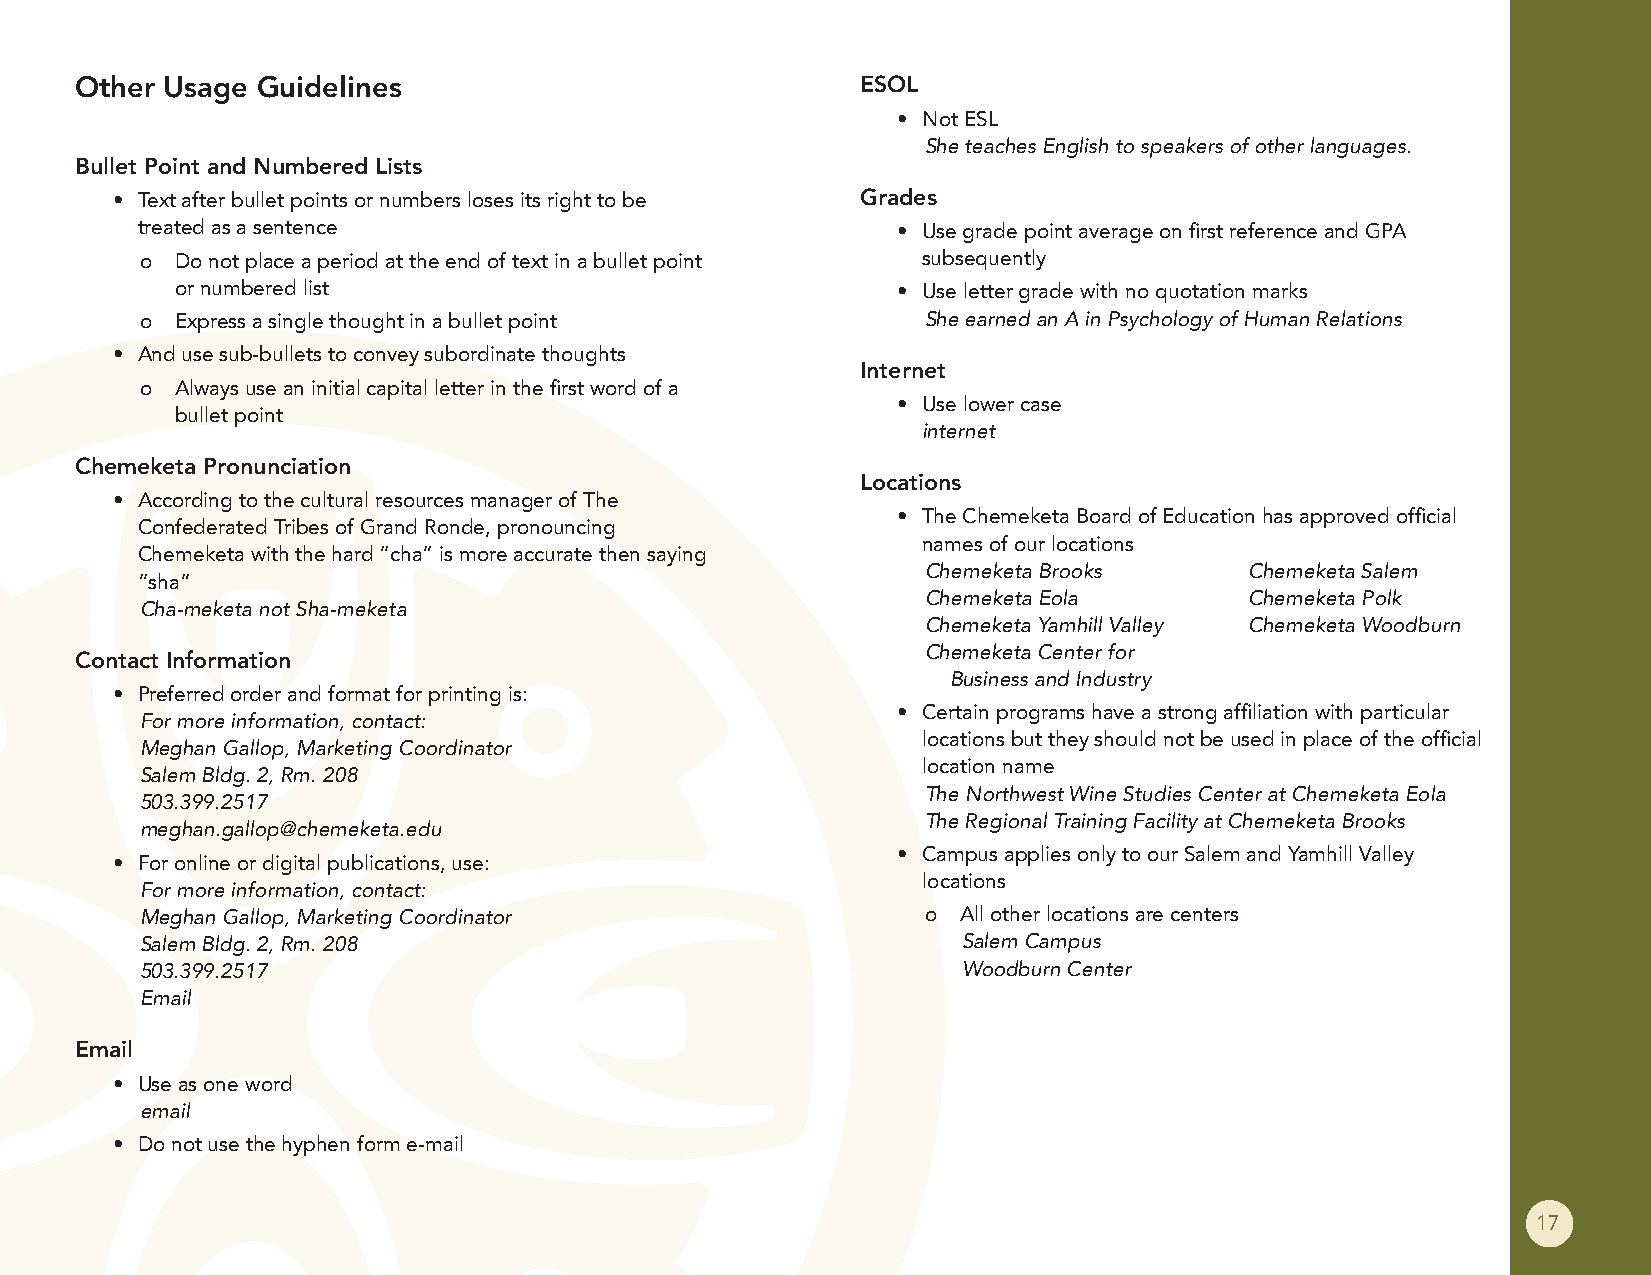
Other Usage Guidelines                              ESOL
 • Not ESL
 She teaches English to speakers of other languages.
 Bullet Point and Numbered Lists
 • Text after bullet points or numbers loses its right to be Grades
 treated as a sentence                             • Use grade point average on first reference and GPA
 o  Do not place a period at the end of text in a bullet point subsequently
 or numbered list                               • Use letter grade with no quotation marks
 o  Express a single thought in a bullet point       She earned an A in Psychology of Human Relations
 • And use sub-bullets to convey subordinate thoughts
 Internet
 o  Always use an initial capital letter in the first word of a
 • Use lower case
 bullet point
 internet
 Chemeketa Pronunciation
 Locations
 • According to the cultural resources manager of The
 • The Chemeketa Board of Education has approved official
 Confederated Tribes of Grand Ronde, pronouncing
 names of our locations
 Chemeketa with the hard “cha” is more accurate then saying
 Chemeketa Brooks      Chemeketa Salem
 “sha”
 Chemeketa Eola        Chemeketa Polk
 Cha-meketa not Sha-meketa
 Chemeketa Yamhill Valley Chemeketa Woodburn
 Chemeketa Center for
 Contact Information
 Business and Industry
 • Preferred order and format for printing is:
 • Certain programs have a strong affiliation with particular
 For more information, contact:
 locations but they should not be used in place of the official
 Meghan Gallop, Marketing Coordinator
 location name
 Salem Bldg. 2, Rm. 208
 The Northwest Wine Studies Center at Chemeketa Eola
 503.399.2517
 The Regional Training Facility at Chemeketa Brooks
 meghan.gallop@chemeketa.edu
 • Campus applies only to our Salem and Yamhill Valley
 • For online or digital publications, use:
 locations
 For more information, contact:
 Meghan Gallop, Marketing Coordinator                o  All other locations are centers
 Salem Bldg. 2, Rm. 208                                 Salem Campus
 503.399.2517                                           Woodburn Center
 Email
 Email
 • Use as one word
 email
 • Do not use the hyphen form e-mail
 17